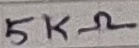
Text: 5KΩ